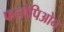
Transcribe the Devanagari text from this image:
फलोपिओन